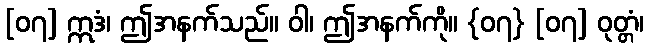
[၀၇] ဣဒံ၊ ဤအနက်သည်။ ဝါ၊ ဤအနက်ကို။ {၀၇} [၀၇] ဝုတ္တံ၊